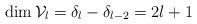
LaTeX: \begin{align*}\dim\mathcal{V}_{l}=\delta_{l}-\delta_{l-2}=2l+1\end{align*}